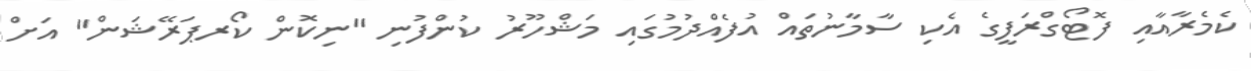
ކެމެރާއާއި ފޮޓޯގްރަފީގެ އެކި ސާމާނުތައް އުފެއްދުމުގައި މަޝްހޫރު ކުންފުނި "ނިކޮން ކޯރޕަރޭޝަން" އަށް